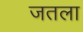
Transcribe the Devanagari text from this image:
जतला